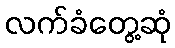
လက်ခံတွေ့ဆုံ